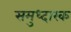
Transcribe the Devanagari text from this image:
समुध्दारक